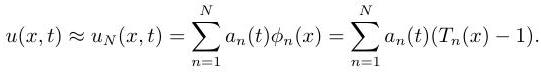
\[
u(x,t)\approx u_N(x,t)=\sum_{n = 1}^{N}a_n(t)\phi_n(x)=\sum_{n = 1}^{N}a_n(t)(T_n(x)-1).
\]